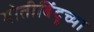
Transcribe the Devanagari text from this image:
मोतीबिंदूच्या